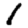
Digit: 1